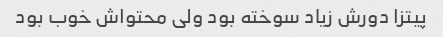
پیتزا دورش زیاد سوخته بود ولی محتواش خوب بود